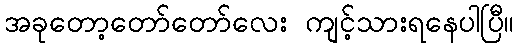
အခုတော့တော်တော်လေး ကျင့်သားရနေပါပြီ။